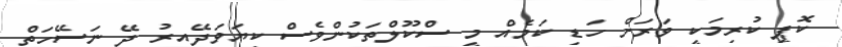
ކޮޕީ ކުރިމަކީ ވަރަށް ހަޑި ކަމެއް މީ ސްކޫލްތަކުންވެސް ކިޔަވަދޭއިރު ދޭ ނަސޭހަތް